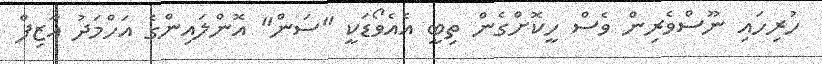
ހުރިހައި ނޫސްވެރިން ވެސް ހީކޮށްގެން ތިބީ އެއެވޯޑަކީ "ސަން" އޮންލައިންގެ އަހްމަދު އާޒިފް